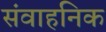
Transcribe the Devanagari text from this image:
संवाहनिक